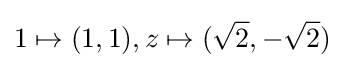
1\mapsto (1,1),z\mapsto ({\sqrt {2}},-{\sqrt {2}})